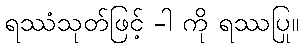
ရဿံသုတ်ဖြင့် -ါ ကို ရဿပြု။